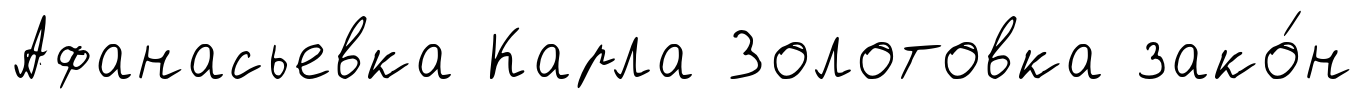
Афанасьевка Карла Золотовка зако́н